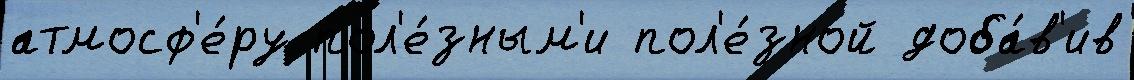
атмосф'е́ру пол'е́зным'и пол'е́зной доба́в'ив